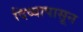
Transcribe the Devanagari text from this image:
दिव्यापासून